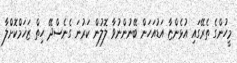
މީހުންގެ ތެރޭގައި އުޅެންޏާ އަޑުއަހަން ބޭނުންނުވާ ލޮލުން ކަރުނަ ގެނެސްދޭ ހިތް ޒަޚަމްކޮށްލާ